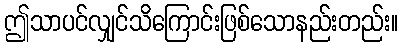
ဤသာပင်လျှင်သိကြောင်းဖြစ်သောနည်းတည်း။